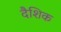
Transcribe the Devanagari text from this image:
दैशिक